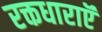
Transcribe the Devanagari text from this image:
रक्तधाराऍं